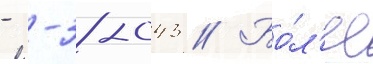
- -38-043 // Бо́л'ее